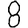
Digit: 8